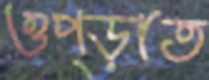
ওপ্‌ড়াত